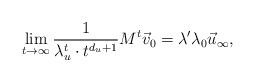
LaTeX: \begin{align*}\lim_{t \to \infty} \frac{1}{\lambda_u^t \cdot t^{d_u+1}} M^t \vec v_0= \lambda' \lambda_0 \vec u_\infty, \end{align*}